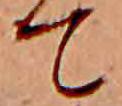
て